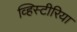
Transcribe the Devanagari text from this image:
व्हिस्टीरिया